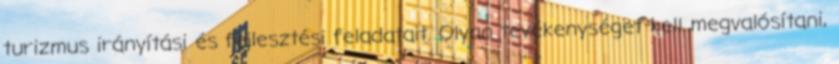
turizmus irányítási és fejlesztési feladatait. Olyan tevékenységet kell megvalósítani,